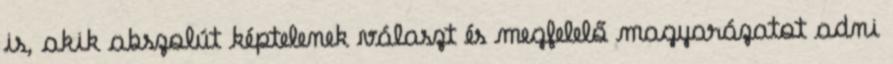
is, akik abszolút képtelenek választ és megfelelő magyarázatot adni